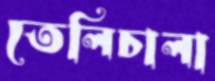
তেলিচালা